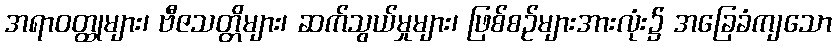
အရာဝတ္ထုများ၊ ဗီဇသတ္တိများ၊ ဆက်သွယ်မှုများ၊ ဖြစ်စဉ်များအားလုံး၌ အခြေခံကျသော